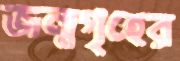
জন্মগৃহের